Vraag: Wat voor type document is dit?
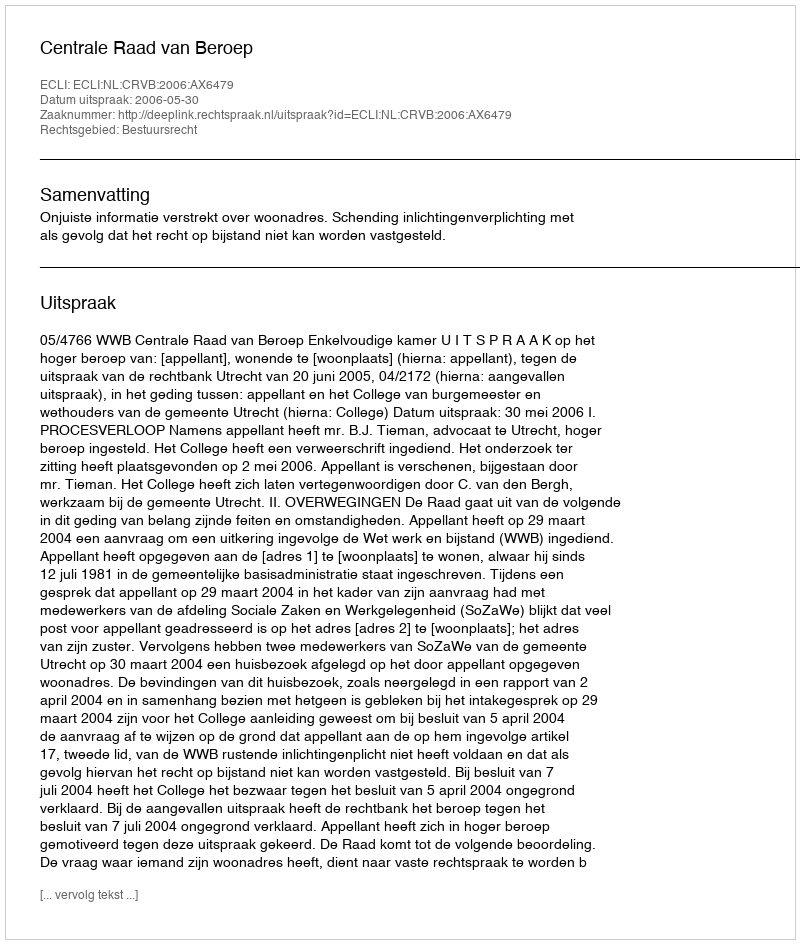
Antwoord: Uitspraak